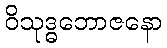
ဝိသုဒ္ဓဘောဇနော